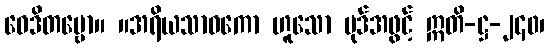
ဝေဒိတဗ္ဗော။ ။အရိယသာဝကော ဟူသော ပုဒ်အဖွင့် ဣတိ-ဋ္ဌ-၂၄၀၊